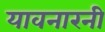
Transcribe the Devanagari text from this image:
यावनारनी